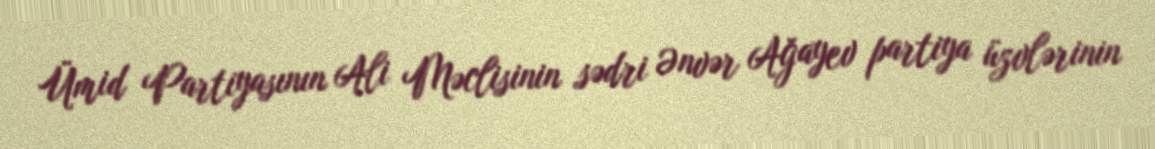
Ümid Partiyasının Ali Məclisinin sədri Ənvər Ağayev partiya üzvlərinin